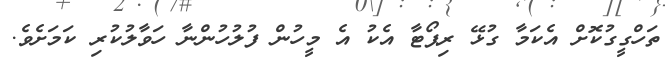
ތަހްގީގުކޮށް އެކަމާ ގުޅޭ ރިޕޯޓާ އެކު އެ މީހުން ފުލުހުންނާ ހަވާލުކުރި ކަމަށެވެ.